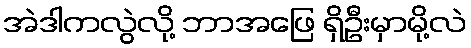
အဲဒါကလွဲလို့ ဘာအဖြေ ရှိဦးမှာမို့လဲ